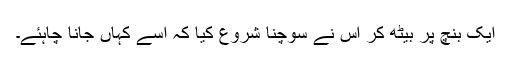
ایک بنچ پر بیٹھ کر اس نے سوچنا شروع کیا کہ اسے کہاں جانا چاہئے۔